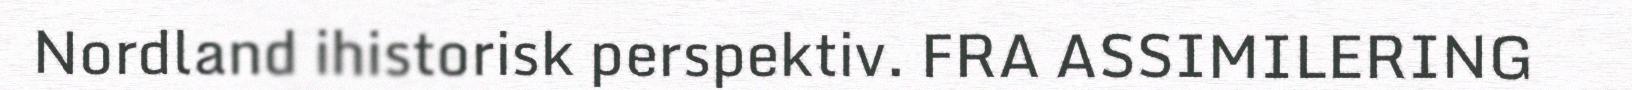
Nordland ihistorisk perspektiv. FRA ASSIMILERING